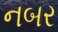
નબર